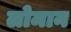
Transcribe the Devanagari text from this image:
लोमान